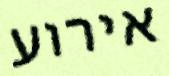
אירוע